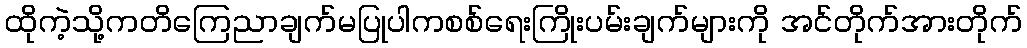
ထိုကဲ့သို့ကတိကြေညာချက်မပြုပါကစစ်ရေးကြိုးပမ်းချက်များကို အင်တိုက်အားတိုက်